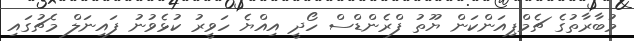
މުބާރާތުގެ ޗެމްޕިއަންކަން ޔޫތު ފްރެންޑްސް ހޯދީ އިއްޔެ ހަވީރު ކުޅެވުނު ފައިނަލް މެޗުގައި